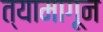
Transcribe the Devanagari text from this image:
त्यामागून